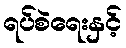
ရပ်စဲရေးနှင့်